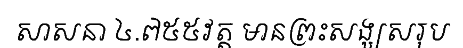
សាសនា ៤.៧៥៥វត្ត មានព្រះសង្ឃសរុប